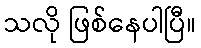
သလို ဖြစ်နေပါပြီ။